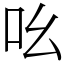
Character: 吆